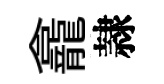
龕隷